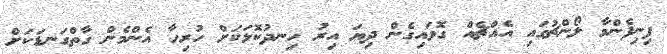
ފިނިފެންމާ ލޯންޗުގައި އެއްޗެއް ގޮވައިގެން ދިޔަ އިރު ހިނދުކޮޅަކަށް ހުރިހާ އެންމެން ގާތްގަނޑަކަށް